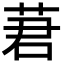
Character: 莙